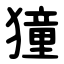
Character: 獞